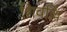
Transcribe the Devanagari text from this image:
शिवल्लि